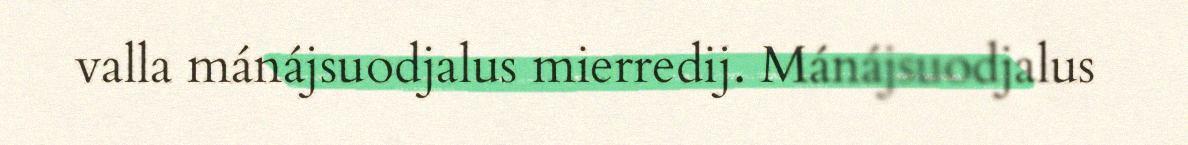
valla mánájsuodjalus mierredij. Mánájsuodjalus